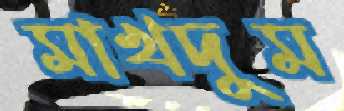
মাখদুম